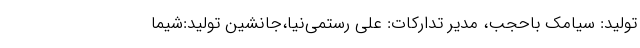
تولید: سیامک باحجب، مدیر تدارکات: علی رستمی‌نیا،جانشین تولید:شیما